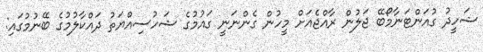
ޝަހީދު ގުއަންޓަނާމޯބޭ ޖަލުން ރާއްޖެއަށް މީހުން ގެންނަނީ ގައުމުގެ ޝަހުސިއްޔަތު ދައްކާލުމުގެ ބޭނުމުގައި: